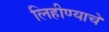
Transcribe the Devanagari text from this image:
लिहीण्याचे